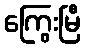
ကြွေးမြီ